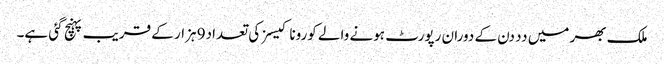
ملک بھر میں دد دن کے دوران رپورٹ ہونے والے کورونا کیسز کی تعداد9 ہزار کے قریب پہنچ گئی ہے۔